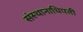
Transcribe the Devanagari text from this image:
संस्थानाधिपती